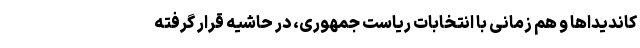
کاندیداها و هم زمانی با انتخابات ریاست جمهوری، در حاشیه قرار گرفته